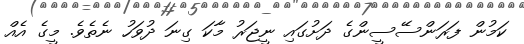
ކަމުން ފަރަންސޭސީންގެ ދަށުގައި ނީޖަރު މާކަ ގިނަ ދުވަހު ނެތެވެ. މީގެ އެއް